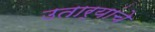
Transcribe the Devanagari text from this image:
उतार्‍यांचे